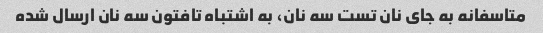
متاسفانه به جای نان تست سه نان، به اشتباه تافتون سه نان ارسال شده